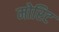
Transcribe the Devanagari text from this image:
मोरिट